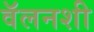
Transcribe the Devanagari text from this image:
वॅलनशी